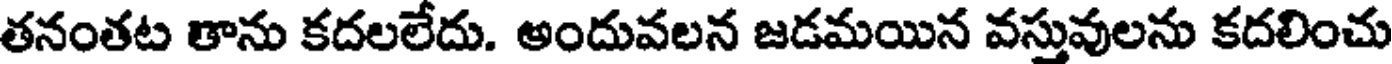
తనంతట తాను కదలలేదు. అందువలన జడమయిన వస్తువులను కదలించు